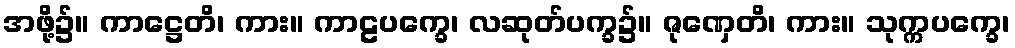
အဖို့၌။ ကာဋ္ဌေတိ၊ ကား။ ကာဠပက္ခေ၊ လဆုတ်ပက္ခ၌။ ဇုဏှေတိ၊ ကား။ သုက္ကပက္ခေ၊